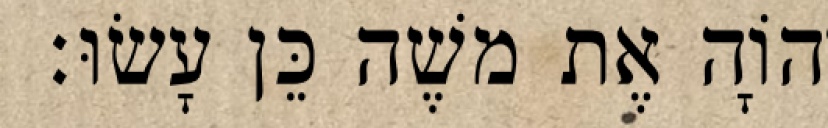
יְהוָֹה אֶת משֶׁה כֵּן עָשׂוּ׃